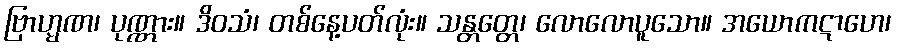
ဗြာဟ္မဏ၊ ပုဏ္ဏား။ ဒိဝသံ၊ တစ်နေ့ပတ်လုံး။ သန္တတ္တေ၊ လောလောပူသော။ အယောကဋာဟေ၊